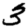
Digit: 3